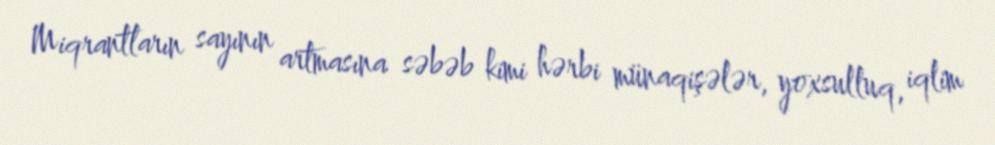
Miqrantların sayının artmasına səbəb kimi hərbi münaqişələr, yoxsulluq, iqlim